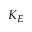
K _ { E }